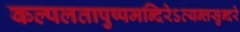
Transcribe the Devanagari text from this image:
कल्पलतापुष्पमन्दिरेऽत्यन्तसुन्दरे